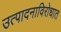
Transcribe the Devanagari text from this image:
उत्पादनाविरोधात